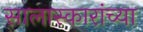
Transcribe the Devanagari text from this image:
सालास्कारांच्या